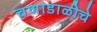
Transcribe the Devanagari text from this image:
चणाडाळीचे